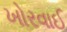
ખોરવાઈ